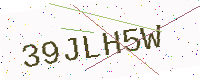
Text: 39JLH5W